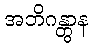
အဘိဂန္တွာန